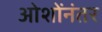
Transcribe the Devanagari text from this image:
ओशोंनंतर